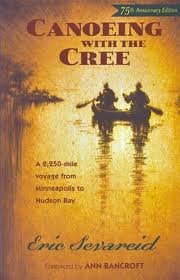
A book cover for Canoeing with the Cree [Deluxe Edition] Publisher: Borealis Books; Revised edition; ERIC SEVAREID; Travel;